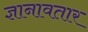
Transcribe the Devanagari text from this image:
ज्ञानावतार